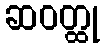
ဆဝတ္ထု